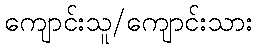
ကျောင်းသူ/ကျောင်းသား